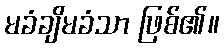
မခံချိမခံသာ ဖြစ်၏။